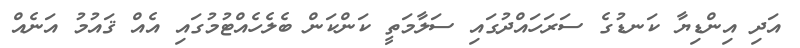
އަދި އިންޑިޔާ ކަނޑުގެ ސަރަހައްދުގައި ސަލާމަތީ ކަންކަން ބެލެހެއްޓުމުގައި އެއް ޤައުމު އަނެއް